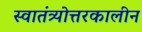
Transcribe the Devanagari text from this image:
स्वातंत्र्योत्तरकालीन